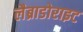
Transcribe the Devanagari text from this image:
लैब्राडोराइट